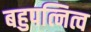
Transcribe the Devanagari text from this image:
बहुपत्नित्व